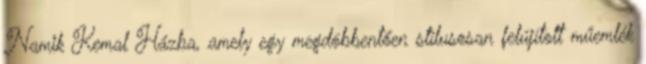
Namik Kemal Házba, amely egy megdöbbentően stílusosan felújított műemlék